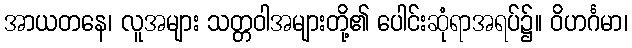
အာယတနေ၊ လူအများ သတ္တဝါအများတို့၏ ပေါင်းဆုံရာအရပ်၌။ ဝိဟင်္ဂမာ၊